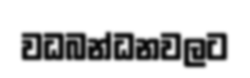
වධබන්ධනවලට